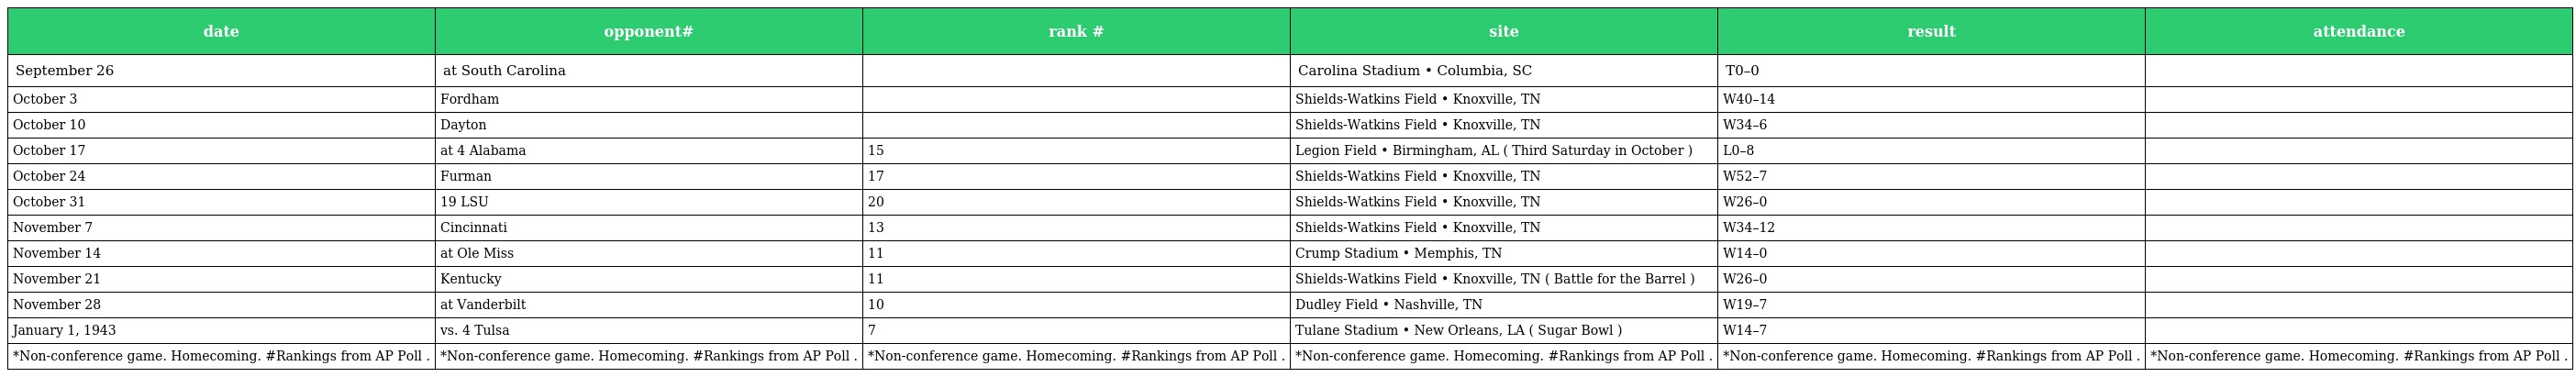
| date | opponent# | rank # | site | result | attendance |
 | --- | --- | --- | --- | --- | --- |
 | September 26 | at South Carolina |  | Carolina Stadium • Columbia, SC | T0–0 |  |
 | October 3 | Fordham |  | Shields-Watkins Field • Knoxville, TN | W40–14 |  |
 | October 10 | Dayton |  | Shields-Watkins Field • Knoxville, TN | W34–6 |  |
 | October 17 | at 4 Alabama | 15 | Legion Field • Birmingham, AL ( Third Saturday in October ) | L0–8 |  |
 | October 24 | Furman | 17 | Shields-Watkins Field • Knoxville, TN | W52–7 |  |
 | October 31 | 19 LSU | 20 | Shields-Watkins Field • Knoxville, TN | W26–0 |  |
 | November 7 | Cincinnati | 13 | Shields-Watkins Field • Knoxville, TN | W34–12 |  |
 | November 14 | at Ole Miss | 11 | Crump Stadium • Memphis, TN | W14–0 |  |
 | November 21 | Kentucky | 11 | Shields-Watkins Field • Knoxville, TN ( Battle for the Barrel ) | W26–0 |  |
 | November 28 | at Vanderbilt | 10 | Dudley Field • Nashville, TN | W19–7 |  |
 | January 1, 1943 | vs. 4 Tulsa | 7 | Tulane Stadium • New Orleans, LA ( Sugar Bowl ) | W14–7 |  |
 | *Non-conference game. Homecoming. #Rankings from AP Poll . | *Non-conference game. Homecoming. #Rankings from AP Poll . | *Non-conference game. Homecoming. #Rankings from AP Poll . | *Non-conference game. Homecoming. #Rankings from AP Poll . | *Non-conference game. Homecoming. #Rankings from AP Poll . | *Non-conference game. Homecoming. #Rankings from AP Poll . |